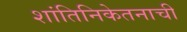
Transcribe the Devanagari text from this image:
शांतिनिकेतनाची